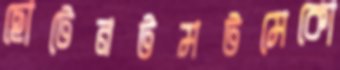
ছোটেনটমটমেকো